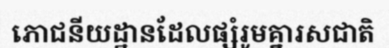
ភោជនីយដ្ឋានដែលផ្សំរូមគ្នារសជាតិ